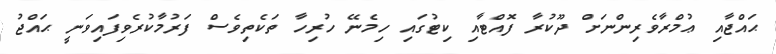
ޙައްޖާއި ޢުމްރާވެރިންނަށް ދޫކުރާ ފޮއްޓާއި ކިޓުގައި ހިމެނޭ ހުރިހާ ތަކެތިވެސް ފަރުމާކުރެވިފައިވަނީ ޙައްޖު